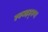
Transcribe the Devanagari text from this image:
ह्ह्ज्झ्ह्ह्ग